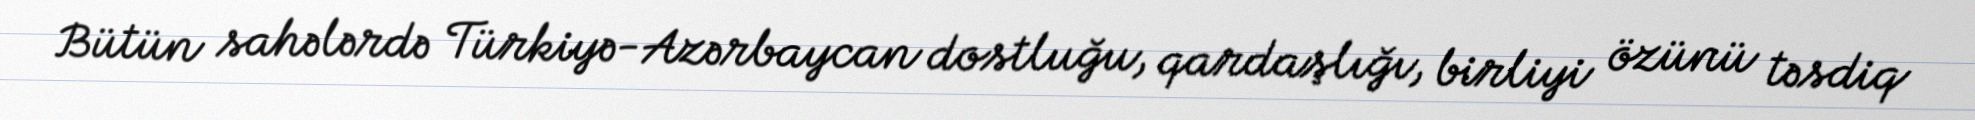
Bütün sahələrdə Türkiyə-Azərbaycan dostluğu, qardaşlığı, birliyi özünü təsdiq